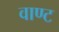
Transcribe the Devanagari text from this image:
वाण्ट